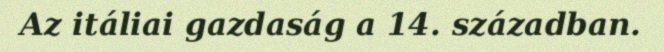
Az itáliai gazdaság a 14. században.